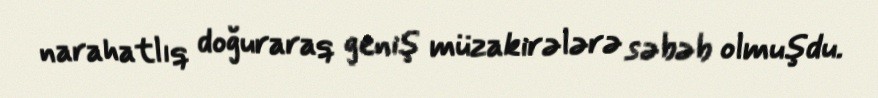
narahatlıq doğuraraq geniş müzakirələrə səbəb olmuşdu.